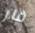
فار